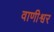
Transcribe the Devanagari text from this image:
वाणीश्वर